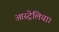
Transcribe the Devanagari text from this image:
आस्ट्रेलिया।